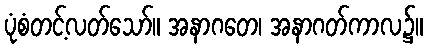
ပုံစံတင့်လတ်သော်။ အနာဂတေ၊ အနာဂတ်ကာလ၌။